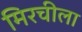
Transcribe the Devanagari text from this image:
मिरचीला